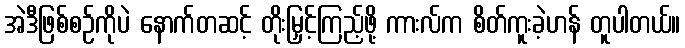
အဲဒီဖြစ်စဉ်ကိုပဲ နောက်တဆင့် တိုးမြှင့်ကြည့်ဖို့ ကားလ်က စိတ်ကူးခဲ့ဟန် တူပါတယ်။